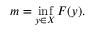
m = \operatorname* { i n f } _ { y \in X } F ( y ) .